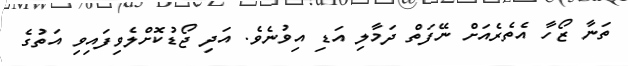
ތަނާ ޒޯހާ އެތެރެއަށް ނޭފަތް ދަމާލި އަޑި އިވުނެވެ. އަދި ޖޯޑުކޮށްލެވިފައިވި އަތުގެ